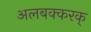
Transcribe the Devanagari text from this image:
अलबक्करक्